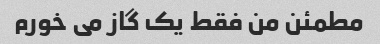
مطمئن من فقط یک گاز می خورم